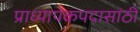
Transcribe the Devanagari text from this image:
प्राध्यापकपदासाठी